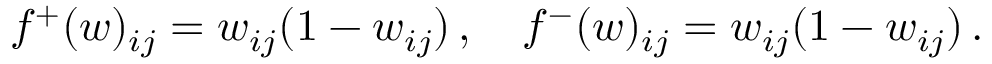
f ^ { + } ( w ) _ { i j } = w _ { i j } ( 1 - w _ { i j } ) \, , \quad f ^ { - } ( w ) _ { i j } = w _ { i j } ( 1 - w _ { i j } ) \, .